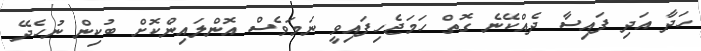
ހަދާ އަދި ފައިސާ ދެއްކޭނެ ގޮތް ހަމަޖެހިފައިވީ ނަމަވެސް އޮންލައިންކޮށް ބުކިން ނުހެދޭ